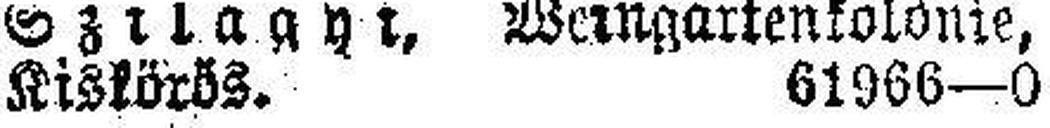
Kiskörös. 61966—0